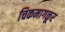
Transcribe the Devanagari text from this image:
चिकमागळूर